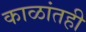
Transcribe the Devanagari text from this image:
काळांतही